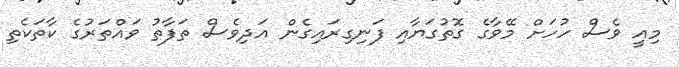
މިއީ ވެސް ހުހަށް މޭވާގެ ގޮތުގަޔާއި ފަނިގިރައިގެން އަދިވެސް ތަފާތު ވައްތަރުގެ ކާތަކެތި